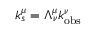
k _ { s } ^ { \mu } = \Lambda _ { \nu } ^ { \mu } k _ { \mathrm { o b s } } ^ { \nu }